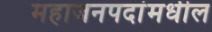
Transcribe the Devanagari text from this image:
महाजनपदांमधील